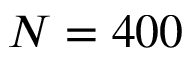
N = 4 0 0